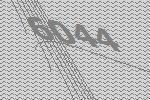
6044